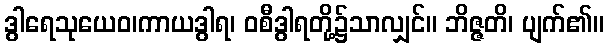
ဒွါရေသုယေဝ၊ကာယဒွါရ၊ ဝစီဒွါရတို့၌သာလျှင်။ ဘိဇ္ဇတိ၊ ပျက်၏။